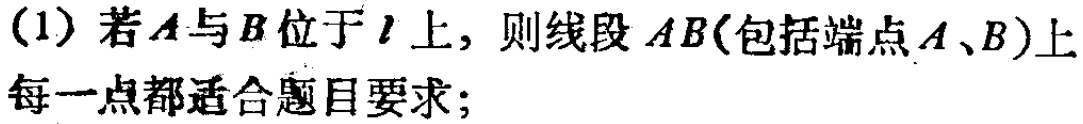
(1) 若\(A\)与\(B\)位于\(l\)上，则线段\(AB\)(包括端点\(A\)、\(B\))上每一点都适合题目要求；